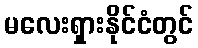
မလေးရှားနိုင်ငံတွင်